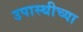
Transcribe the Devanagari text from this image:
उपास्थीच्या